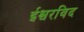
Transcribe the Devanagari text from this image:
ईश्वरविद